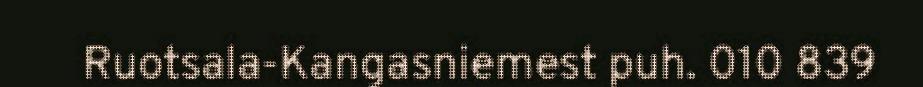
Ruotsala-Kangasniemest puh. 010 839